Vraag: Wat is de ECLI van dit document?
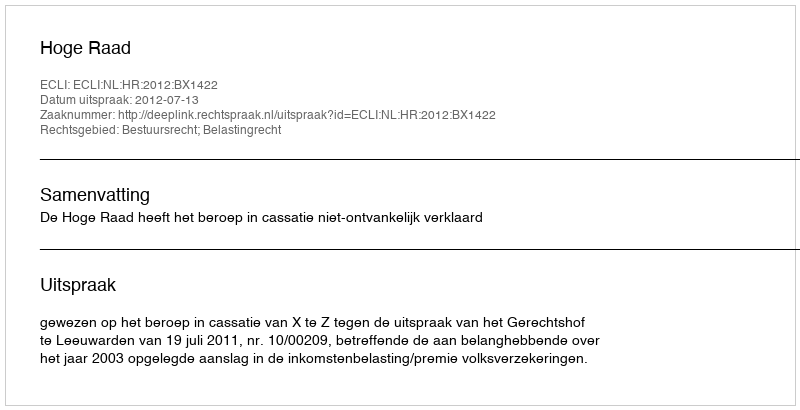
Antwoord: ECLI:NL:HR:2012:BX1422